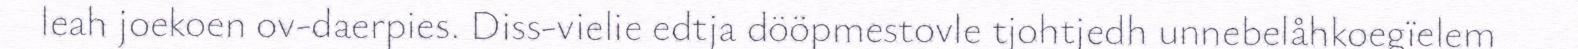
leah joekoen ov-daerpies. Diss-vielie edtja dööpmestovle tjohtjedh unnebelåhkoegïelem